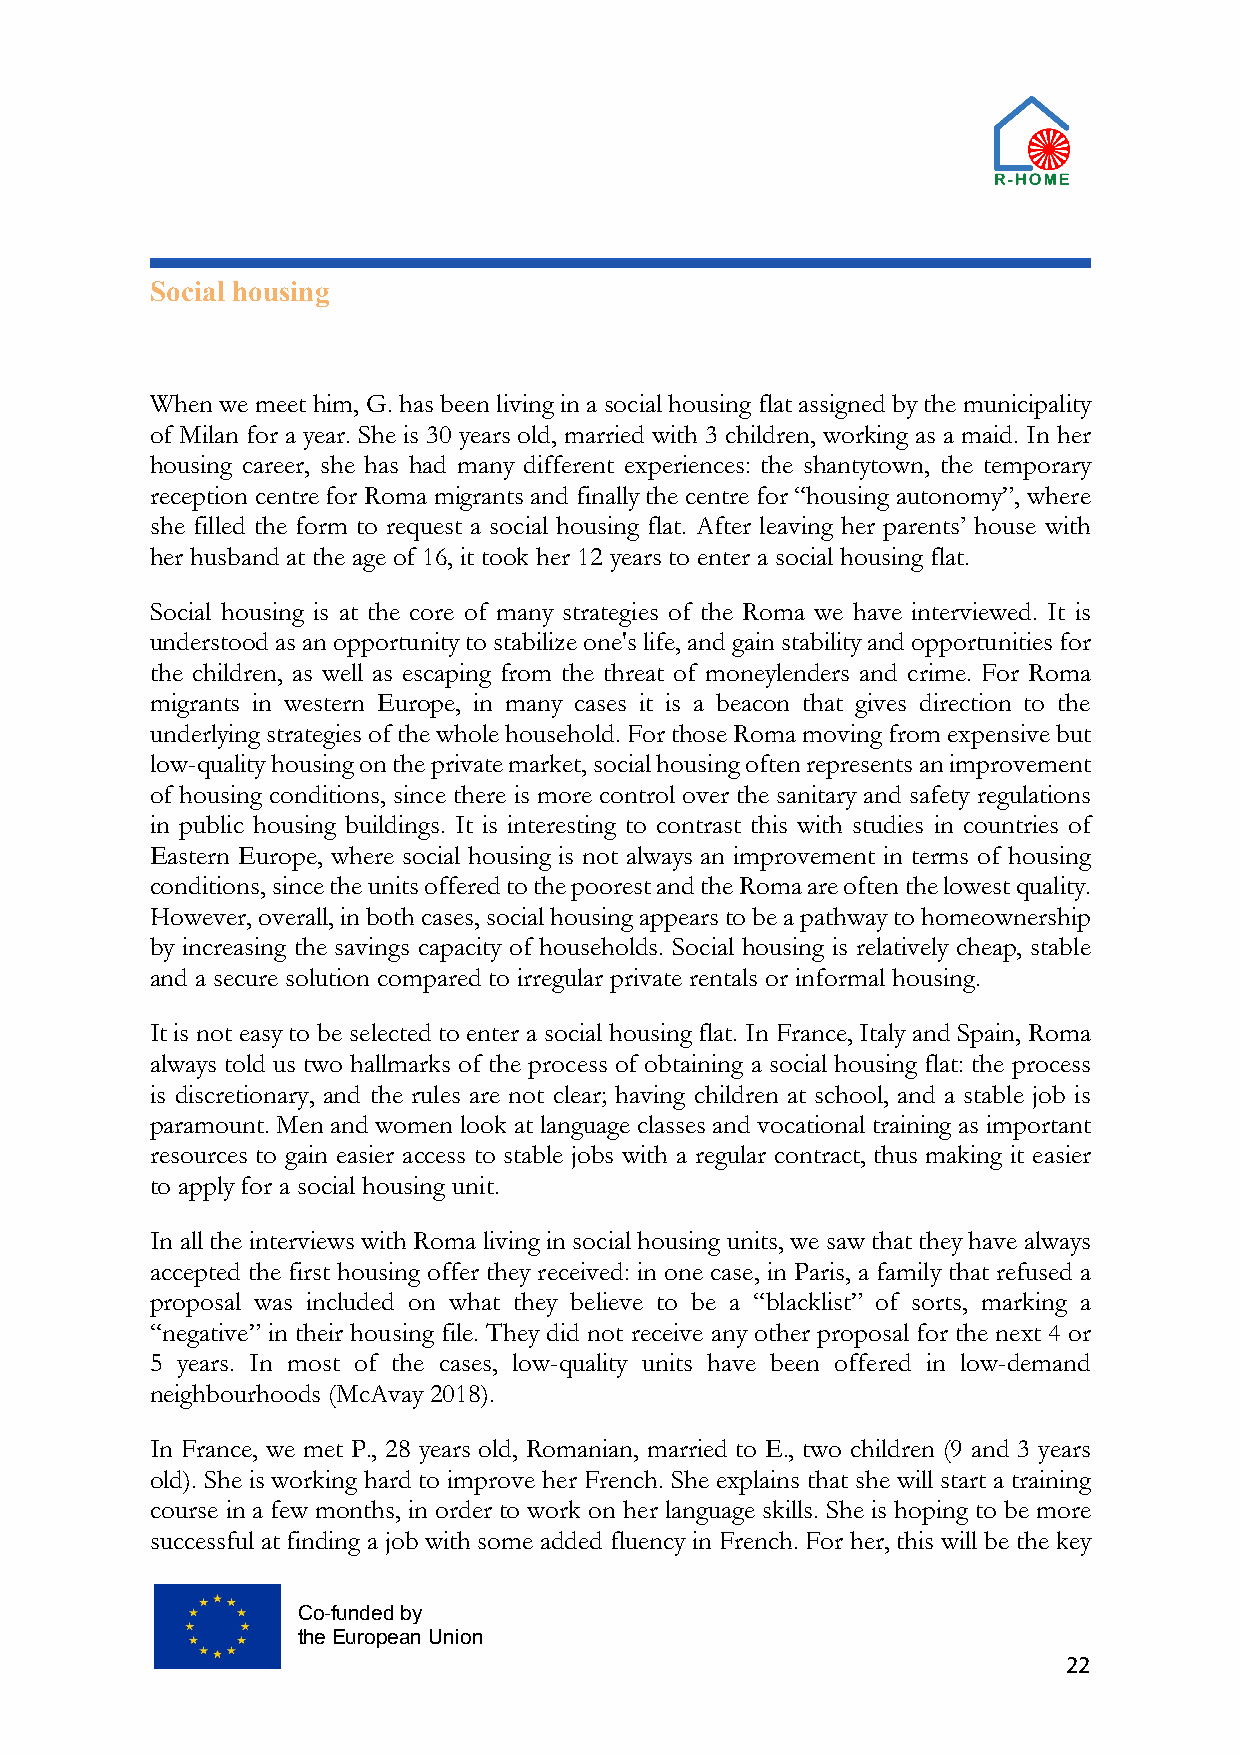
Social housing
 When we meet him, G. has been living in a social housing flat assigned by the municipality
 of Milan for a year. She is 30 years old, married with 3 children, working as a maid. In her
 housing career, she has had many different experiences: the shantytown, the temporary
 reception centre for Roma migrants and finally the centre for “housing autonomy”, where
 she filled the form to request a social housing flat. After leaving her parents’ house with
 her husband at the age of 16, it took her 12 years to enter a social housing flat.
 Social housing is at the core of many strategies of the Roma we have interviewed. It is
 understood as an opportunity to stabilize one's life, and gain stability and opportunities for
 the children, as well as escaping from the threat of moneylenders and crime. For Roma
 migrants in western Europe, in many cases it is a beacon that gives direction to the
 underlying strategies of the whole household. For those Roma moving from expensive but
 low-quality housing on the private market, social housing often represents an improvement
 of housing conditions, since there is more control over the sanitary and safety regulations
 in public housing buildings. It is interesting to contrast this with studies in countries of
 Eastern Europe, where social housing is not always an improvement in terms of housing
 conditions, since the units offered to the poorest and the Roma are often the lowest quality.
 However, overall, in both cases, social housing appears to be a pathway to homeownership
 by increasing the savings capacity of households. Social housing is relatively cheap, stable
 and a secure solution compared to irregular private rentals or informal housing.
 It is not easy to be selected to enter a social housing flat. In France, Italy and Spain, Roma
 always told us two hallmarks of the process of obtaining a social housing flat: the process
 is discretionary, and the rules are not clear; having children at school, and a stable job is
 paramount. Men and women look at language classes and vocational training as important
 resources to gain easier access to stable jobs with a regular contract, thus making it easier
 to apply for a social housing unit.
 In all the interviews with Roma living in social housing units, we saw that they have always
 accepted the first housing offer they received: in one case, in Paris, a family that refused a
 proposal was included on what they believe to be a “blacklist” of sorts, marking a
 “negative” in their housing file. They did not receive any other proposal for the next 4 or
 5 years. In most of the cases, low-quality units have been offered in low-demand
 neighbourhoods (McAvay 2018).
 In France, we met P., 28 years old, Romanian, married to E., two children (9 and 3 years
 old). She is working hard to improve her French. She explains that she will start a training
 course in a few months, in order to work on her language skills. She is hoping to be more
 successful at finding a job with some added fluency in French. For her, this will be the key
 Co-funded by
 the European Union
 22